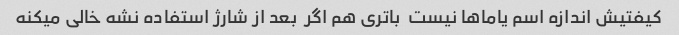
کیفتیش اندازه اسم یاماها نیست  باتری هم اگر  بعد از شارژ استفاده نشه خالی میکنه